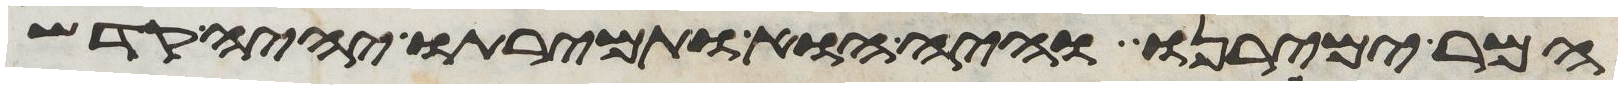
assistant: המר ימירנו והיה הוא ותמירתו יהיה קדש